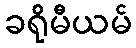
ခရိုမီယမ်